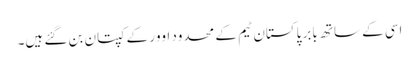
اسی کے ساتھ بابر پاکستان ٹیم کے محدود اوور کے کپتان بن گئے ہیں۔